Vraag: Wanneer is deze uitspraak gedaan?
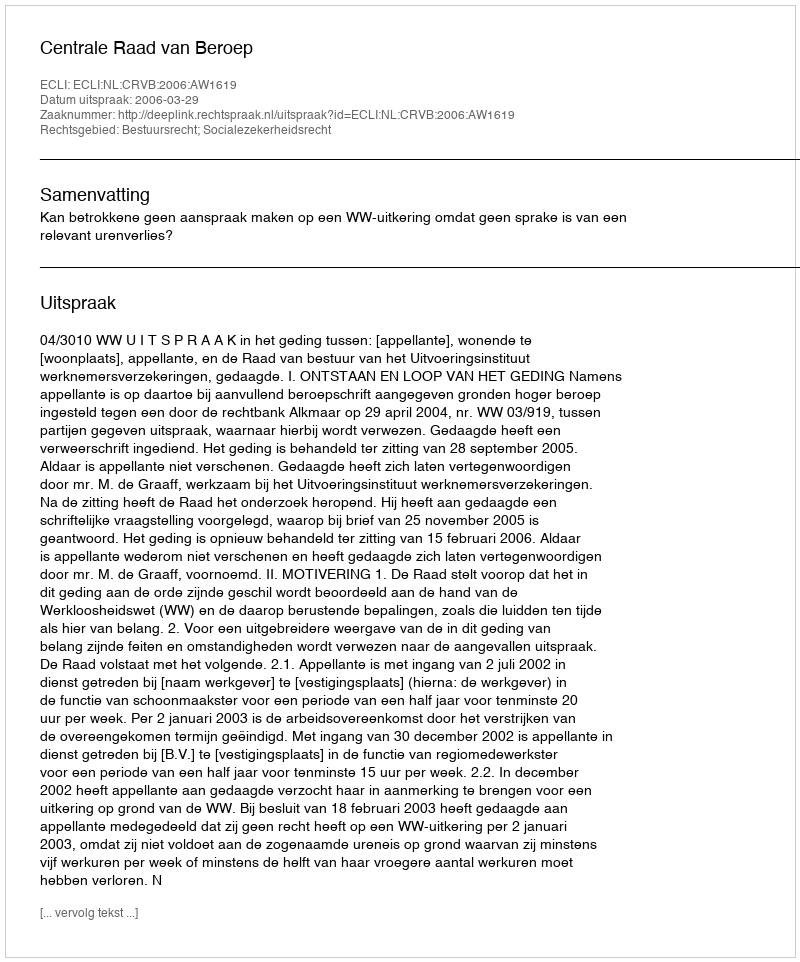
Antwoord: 2006-03-29